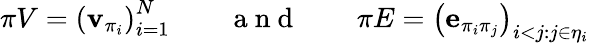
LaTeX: \pi V=\left(\mathbf{v}_{\pi_{i}}\right)_{i=1}^{N}\quad\quad\mathrm{~a~n~d~}\quad\quad\pi E=\left(\mathbf{e}_{\pi_{i}\pi_{j}}\right)_{i<j:j\in\eta_{i}}